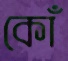
কোঁ